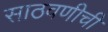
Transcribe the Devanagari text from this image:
साठवणीची